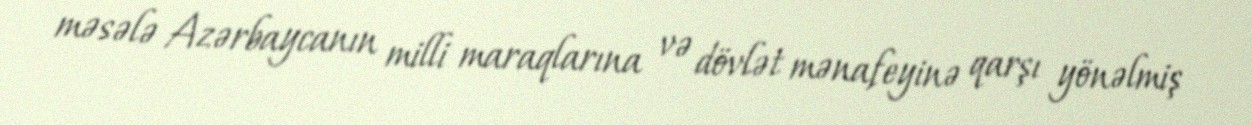
məsələ Azərbaycanın milli maraqlarına və dövlət mənafeyinə qarşı yönəlmiş